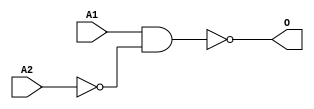
module ANANDI2D(A1, A2, O);
input   A1;
input   A2;
output  O;
not g0(w1, A2);
nand g1(O, A1, w1);
endmodule